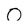
Character: 0